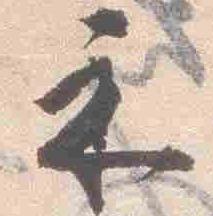
示